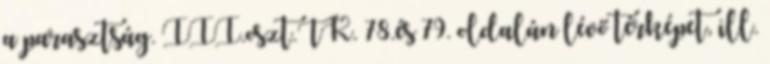
a parasztság. III.oszt.TK. 78.és 79. oldalán lévő térképet, ill.